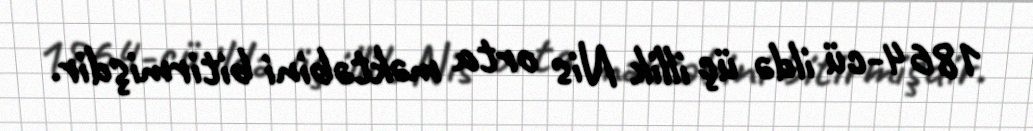
1864-cü ildə üç illik Nis orta məktəbini bitirmişdir.